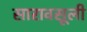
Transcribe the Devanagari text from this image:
सारावसूली